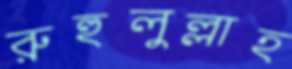
রুহুলুল্লাহ